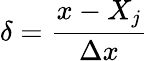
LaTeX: \delta=\frac{x-X_{j}}{\Delta x}